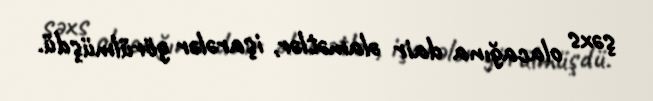
şəxs olacağına dair əlamətlər, işarələr görülmüşdü.